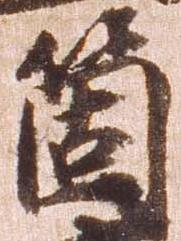
箇